Leaving Certificate Examination, 1916
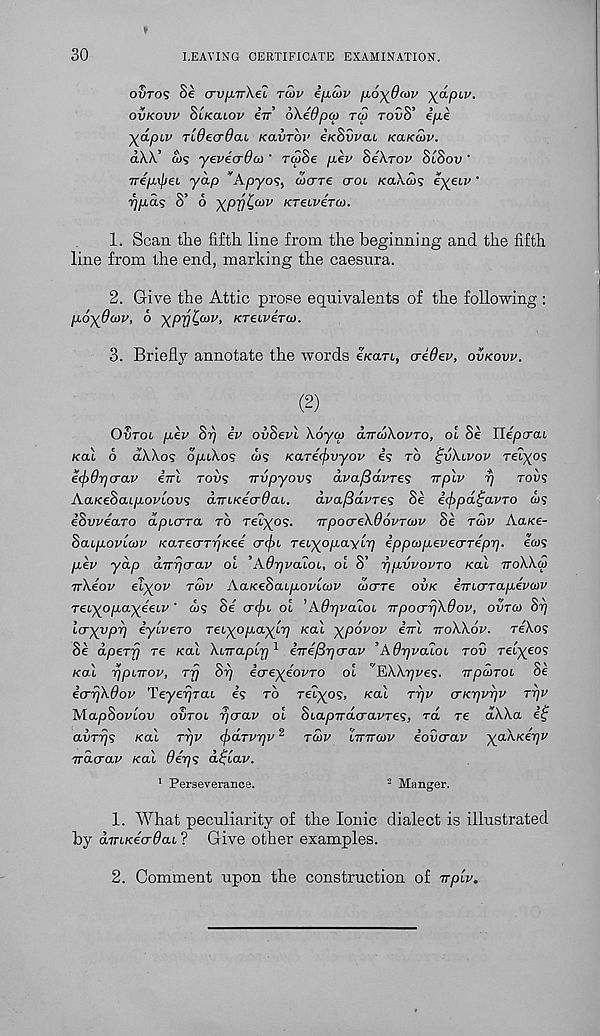
30
LEAVING CERTIFICATE EXAMINATION.
OUTOS §£ crvfnrXe? tS>v ifjicov ^oydcov -yjxpiv.
ovkovv Sikcuov iir 6\edpq> tco toOS’ epk
-^dpiv Tideada.1 Kavrov eK^vvou kclkmv.
<i\\’ ws yevecrdat' rSSe pev SeXrov SlSov '
Trepxpei yap ’'Apyo < ? i ojittc croi koXoji eyew ’
ppd^ S’ o ypfl£,cov KTeiviro).
1. Scan the fifth line from the beginning and the fifth
line from the end, marking the caesura.
2. Give the Attic prose equivalents of the following :
poyOcDV, 6 ypyj^wv, KTewerco.
3. Briefly annotate the words e/co/rq criOev, ovkovv.
(2)
Ovtol pev Stj iv ovSevl \6yco ixttcoAovto, ol Se Ilepcrai
/cal 6 dX.Xo? dpiXos d>s Karecjivyov e? to £v\lvov reiyos
ecjidpcrav ini tovs nvpyovs dvafidvres nplv rj to vs
AaKeSaipovLOw; dniKeo-ffai.
dva/Sdvres Se i(f>pd£avTO ws
iSwearo dpLcrra to reiyos.
npocreA96vT(vv Se Ta>v Aa/ce-
Saupovicov KaTecTTijKee cr(j)i TeLyopay'irj ippcopeveo-Tepp. ews
pev ydp dnrjcrav ol ’Adrjvaioi, ol S’ rjpvvovTO /cal noWco
nXeov eiyov tcov AaKeSaipovlov dxrTe ovk imcrTapevcov
Teiyopayeeiv' ws Se^ crcf>L ol ’Afiyvaioi npocrrjXOov, ovtco St)
Icryvpr) iylvero TeiyopayLp /cal ypovov ini noAAov. reAos
Se dpeTjj re /cal Xinaplp 1 inefipcrav ’AOrjvaloL tov relyeos
/cal ppmov, tt) Sr) icreyiovTO ol ^EW^/re?. npcoroi Se
icrrjXdov Teyeijrat es to relyos, /cal tt)v crKpvrjv ttjv
AlapSovlov ovtol rjcrav ol Siapnaeravre^, rd re dAAa ef
aiiTrjs koI tt)v (j)dTvpv 2 tmv Inncov iovcrav yaxKerjV
ndcrav /cal Oeps d^iav.
1 Perseverance.
2 Manger.
1. What peculiarity of the Ionic dialect is illustrated
by dnLKecrOai ? Give other examples.
2. Comment upon the construction of npiv.